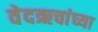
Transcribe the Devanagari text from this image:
वेदऋचांच्या